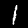
Label: 1